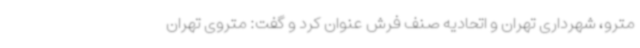
مترو، شهرداری تهران و اتحادیه صنف فرش عنوان کرد و گفت: متروی تهران